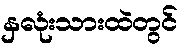
နှလုံးသားထဲတွင်